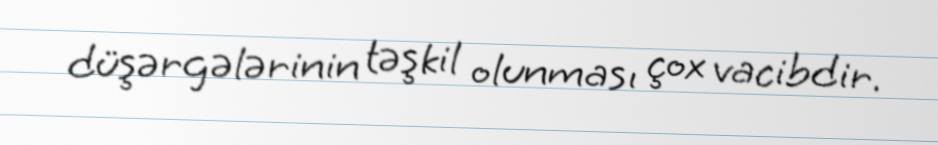
düşərgələrinin təşkil olunması çox vacibdir.